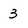
Character: 3